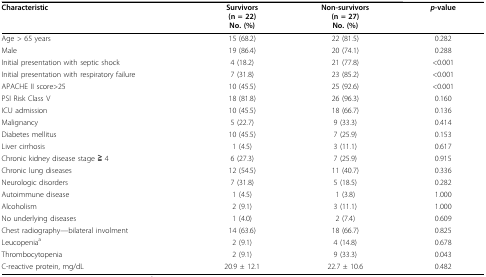
<table><thead><tr><td><b>Characteristic</b></td><td><b>Survivors(n = 22)No. (%)</b></td><td><b>Non-survivors(n = 27)No. (%)</b></td><td><b><i>p</i>-value</b></td></tr></thead><tbody><tr><td>Age &gt; 65 years</td><td>15 (68.2)</td><td>22 (81.5)</td><td>0.282</td></tr><tr><td>Male</td><td>19 (86.4)</td><td>20 (74.1)</td><td>0.288</td></tr><tr><td>Initial presentation with septic shock</td><td>4 (18.2)</td><td>21 (77.8)</td><td>&lt;0.001</td></tr><tr><td>Initial presentation with respiratory failure</td><td>7 (31.8)</td><td>23 (85.2)</td><td>&lt;0.001</td></tr><tr><td>APACHE II score&gt;25</td><td>10 (45.5)</td><td>25 (92.6)</td><td>&lt;0.001</td></tr><tr><td>PSI Risk Class V</td><td>18 (81.8)</td><td>26 (96.3)</td><td>0.160</td></tr><tr><td>ICU admission</td><td>10 (45.5)</td><td>18 (66.7)</td><td>0.136</td></tr><tr><td>Malignancy</td><td>5 (22.7)</td><td>9 (33.3)</td><td>0.414</td></tr><tr><td>Diabetes mellitus</td><td>10 (45.5)</td><td>7 (25.9)</td><td>0.153</td></tr><tr><td>Liver cirrhosis</td><td>1 ( 4.5)</td><td>3 (11.1)</td><td>0.617</td></tr><tr><td>Chronic kidney disease stage≧4</td><td>6 (27.3)</td><td>7 (25.9)</td><td>0.915</td></tr><tr><td>Chronic lung diseases</td><td>12 (54.5)</td><td>11 (40.7)</td><td>0.336</td></tr><tr><td>Neurologic disorders</td><td>7 (31.8)</td><td>5 (18.5)</td><td>0.282</td></tr><tr><td>Autoimmune disease</td><td>1 ( 4.5)</td><td>1 ( 3.8)</td><td>1.000</td></tr><tr><td>Alcoholism</td><td>2 ( 9.1)</td><td>3 (11.1)</td><td>1.000</td></tr><tr><td>No underlying diseases</td><td>1 ( 4.0)</td><td>2 ( 7.4)</td><td>0.609</td></tr><tr><td>Chest radiography--bilateral involment</td><td>14 (63.6)</td><td>18 (66.7)</td><td>0.825</td></tr><tr><td>Leucopenia <sup>a</sup></td><td>2 (9.1)</td><td>4 (14.8)</td><td>0.678</td></tr><tr><td>Thrombocytopenia</td><td>2 (9.1)</td><td>9 (33.3)</td><td>0.043</td></tr><tr><td>C-reactive protein, mg/dL</td><td>20.9 ± 12.1</td><td>22.7 ± 10.6</td><td>0.482</td></tr></tbody></table>